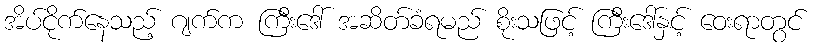
အိပ်ငိုက်နေသည့် ဂျက်က ကြီးဒေါ် အဆိတ်ခံရမည် စိုးသဖြင့် ကြီးဒေါ်နှင့် ဝေးရာတွင်